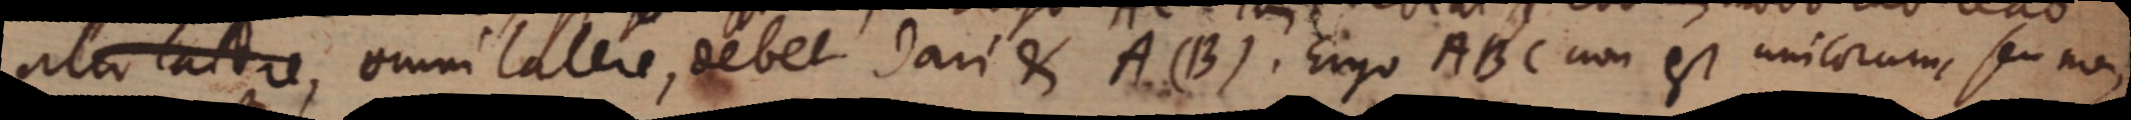
ale astre, omni latere, debet dari & A(B). Ergo ABC non est unicorum, seu non,